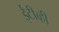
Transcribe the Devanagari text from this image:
ईटीव्ही